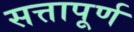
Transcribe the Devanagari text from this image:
सत्तापूर्ण